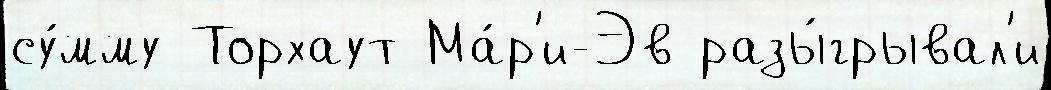
су́мму Торхаут Ма́р'и-Эв разы́грывал'и